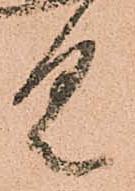
具